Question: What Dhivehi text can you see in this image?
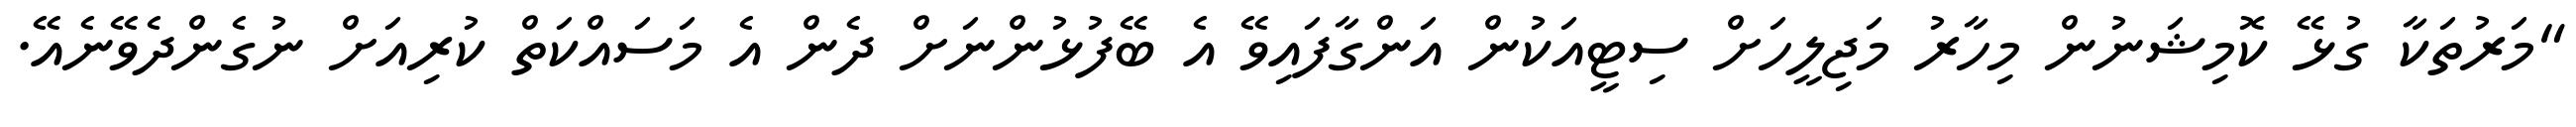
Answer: "މަރުތަކާ ގުޅޭ ކޮމިޝަނުން މިހާރު މަޖިލީހަށް ސިޓީއަކުން އަންގާފައިވޭ އެ ބޭފުޅުންނަށް ދެން އެ މަސައްކަތް ކުރިއަށް ނުގެންދެވޭނެއޭ.